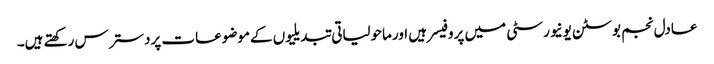
عادل نجم بوسٹن یونیورسٹی میں پروفیسر ہیں اورماحولیاتی تبدیلیوں کےموضوعات پردسترس رکھتے ہیں۔